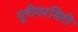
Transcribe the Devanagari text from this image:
युनीवरसिटी